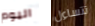
اليوم تتساءل